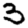
Digit: 3